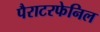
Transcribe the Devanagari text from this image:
पैराटरफेनिल